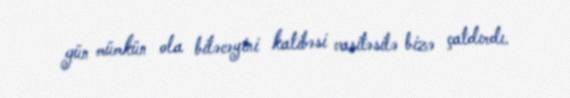
gün mümkün ola biləcəyini katibəsi vasitəsilə bizə çatdırdı.